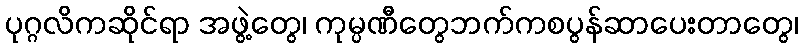
ပုဂ္ဂလိကဆိုင်ရာ အဖွဲ့တွေ၊ ကုမ္ပဏီတွေဘက်ကစပွန်ဆာပေးတာတွေ၊